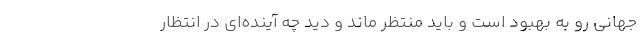
جهانی رو به بهبود است و باید منتظر ماند و دید چه آینده‌ای در انتظار